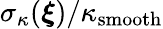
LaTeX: \sigma_{\kappa}(\boldsymbol{\xi})/\kappa_{\mathrm{smooth}}